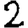
Digit: 2